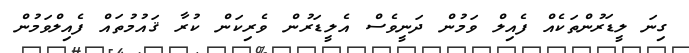
ގިނަ ލީޑަރުންތަކެއް ފެއިލް ވަމުން ދަނީވެސް އެލީޑަރުން ވެރިކަން ކުރާ ޤައުމުތައް ފެއިލްވަމުން